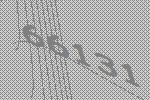
66131